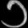
Digit: ၁